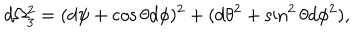
d \Omega _ { 3 } ^ { 2 } = ( d \psi + \cos \theta d \phi ) ^ { 2 } + ( d \theta ^ { 2 } + \sin ^ { 2 } \theta d \phi ^ { 2 } ) ,